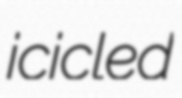
icicled